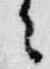
々